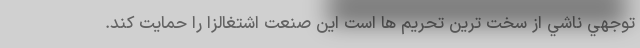
توجهي ناشي از سخت ترين تحريم ها است اين صنعت اشتغالزا را حمايت كند.